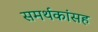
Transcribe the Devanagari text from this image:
समर्थकांसह